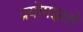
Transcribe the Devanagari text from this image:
प्रयोगझाले